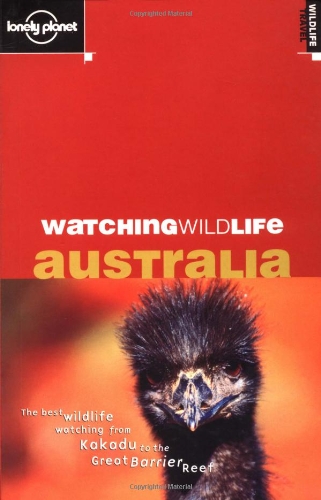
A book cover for Watching Wildlife: Australia; Jane Bennett; Travel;